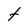
Character: t